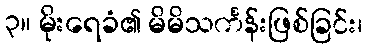
၃။ မိုးရေခံ၏ မိမိသင်္ကန်းဖြစ်ခြင်း၊